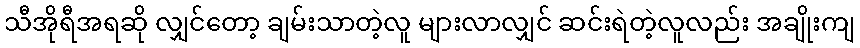
သီအိုရီအရဆို လျှင်တော့ ချမ်းသာတဲ့လူ များလာလျှင် ဆင်းရဲတဲ့လူလည်း အချိုးကျ